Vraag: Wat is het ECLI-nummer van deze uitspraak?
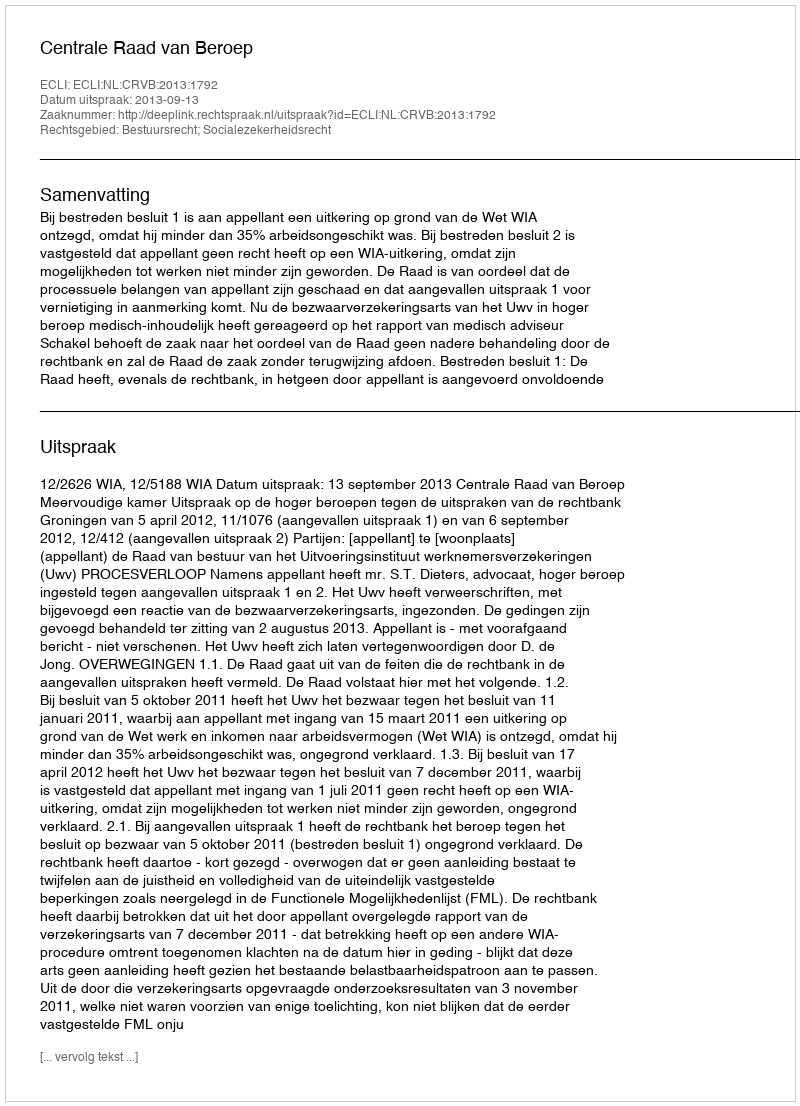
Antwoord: ECLI:NL:CRVB:2013:1792